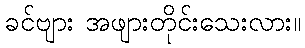
ခင်ဗျား အဖျားတိုင်းသေးလား။